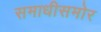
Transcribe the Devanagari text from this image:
समाधीसमोर